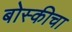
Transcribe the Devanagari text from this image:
बोस्कीचा